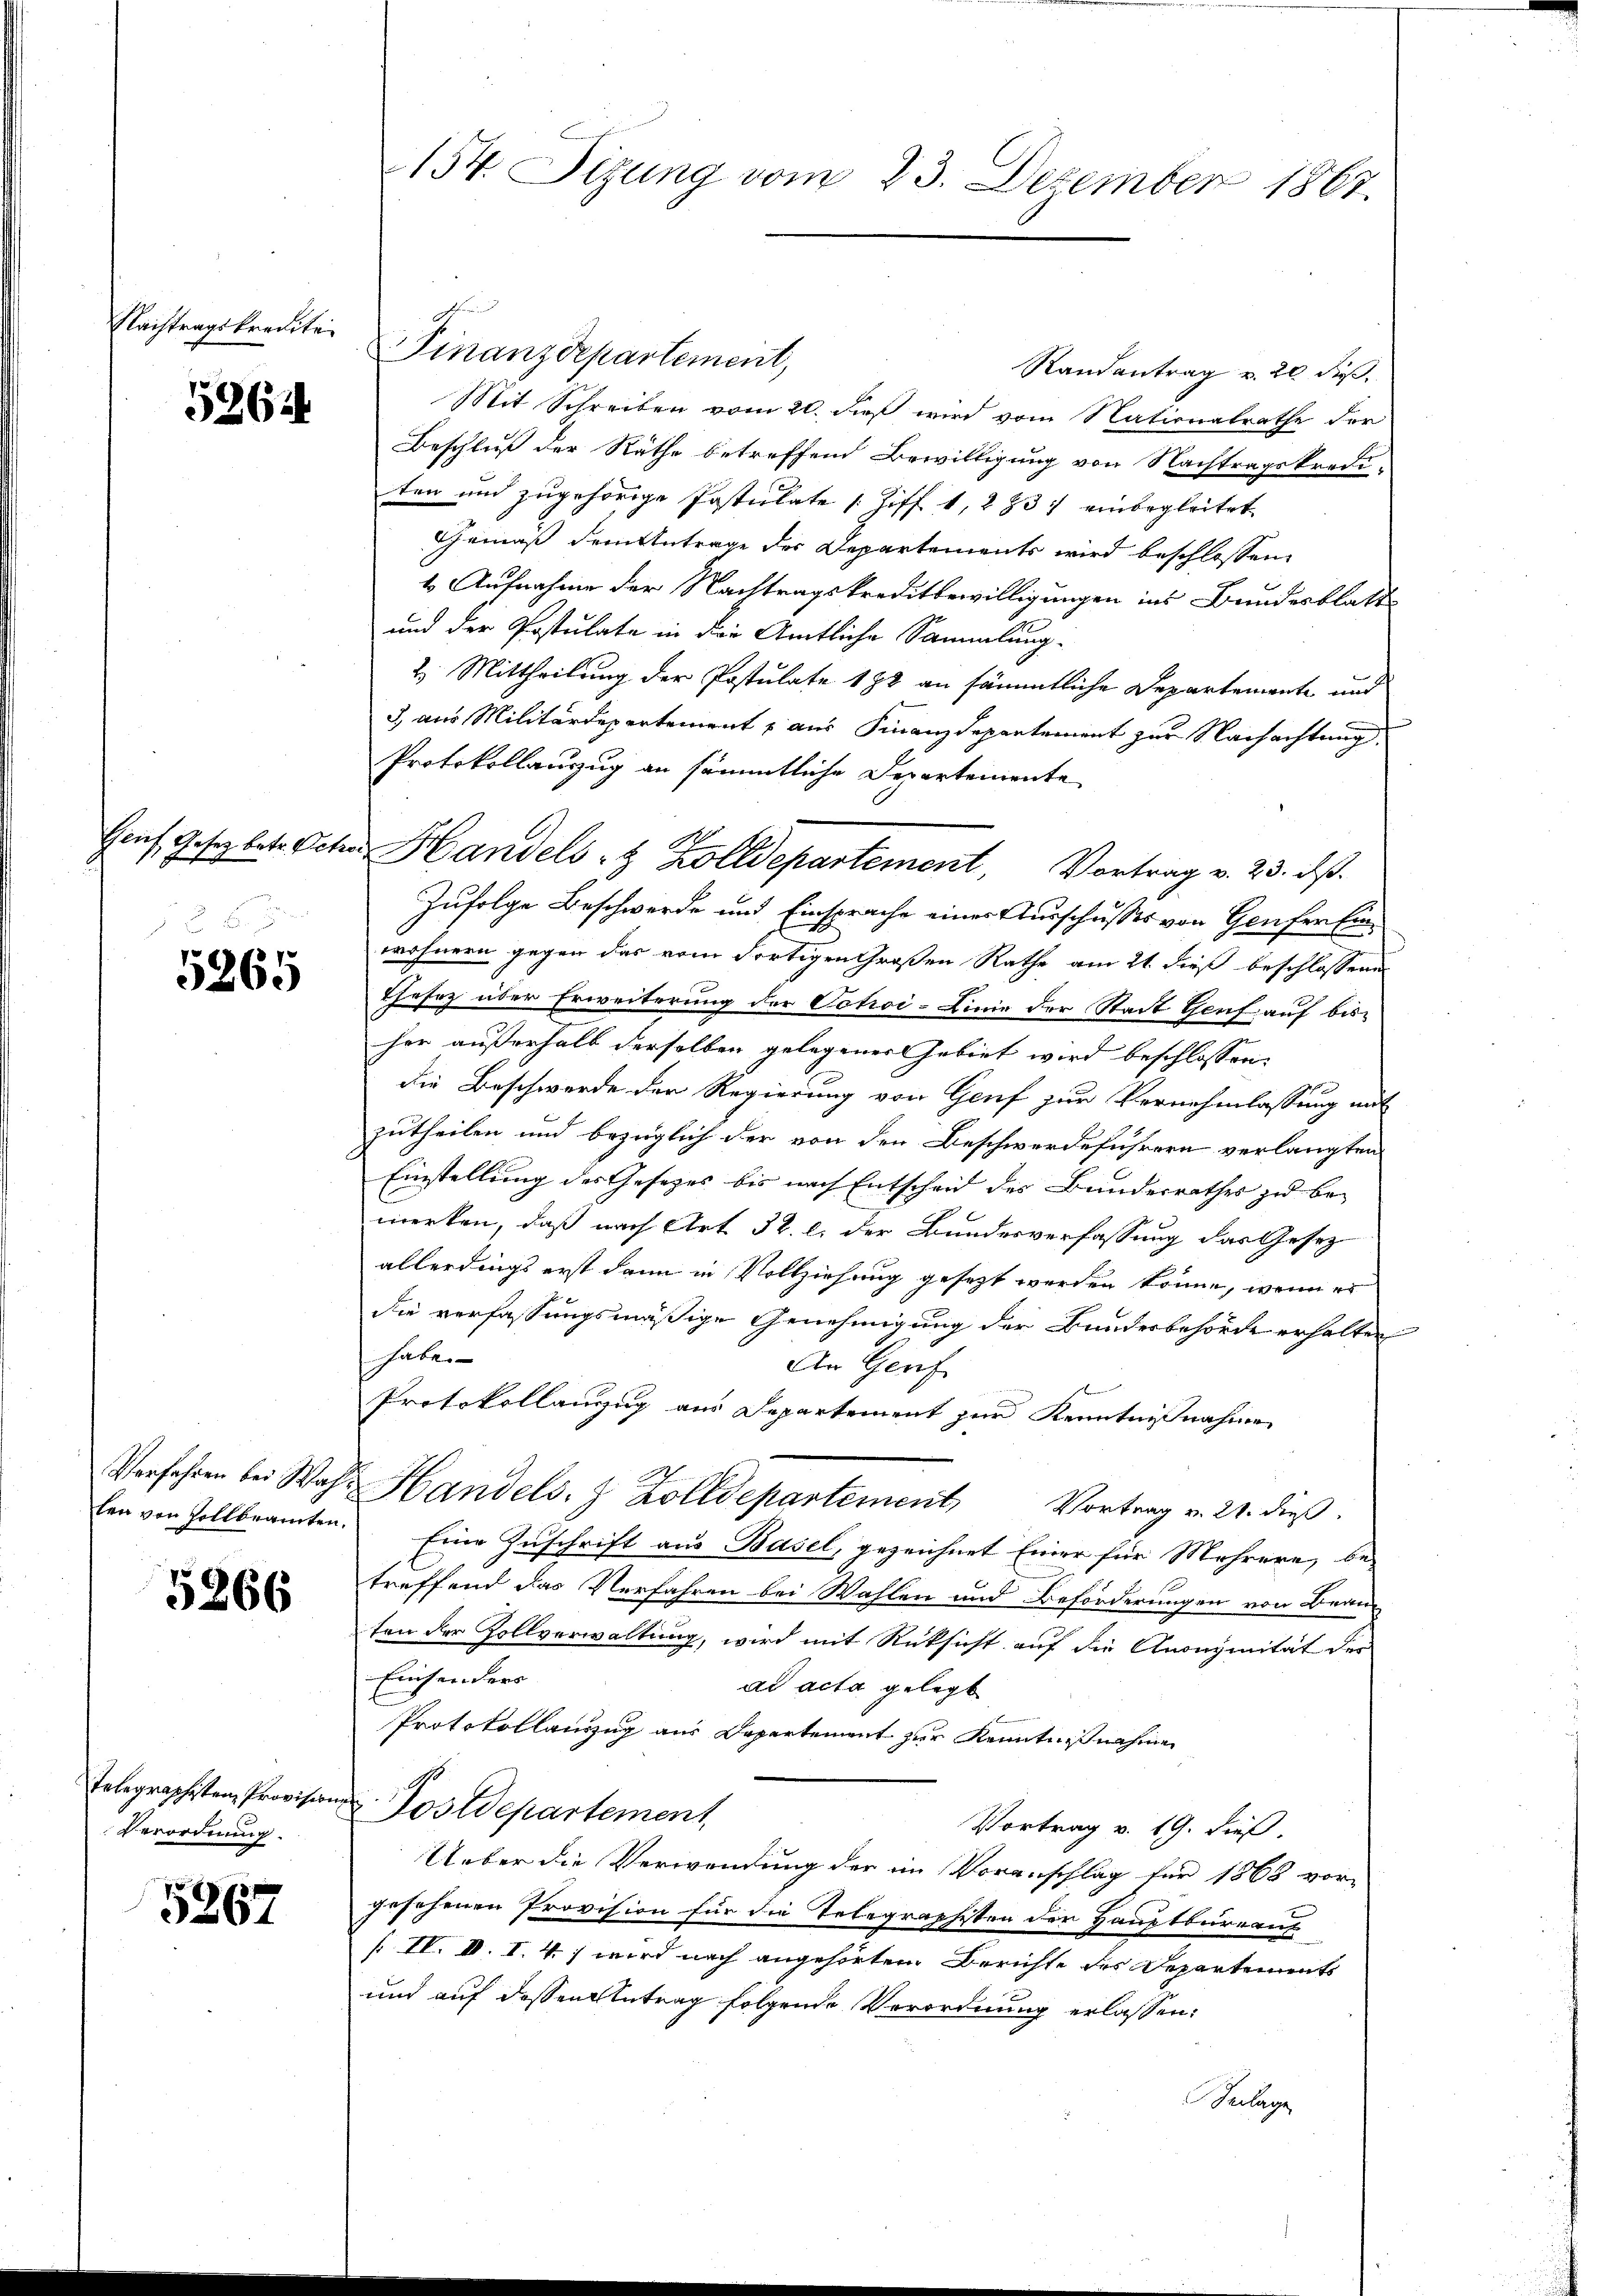
Nachtragskredite.

5264

e

5265

5266

Telegraphisten Provision,
Verordnung.

5267

Finanzdepartement,
Randantrag v. 20 dieß,
Mit Schreiben vom 20. dieß wird vom Nationalrathe der
Beschluß der Räthe betreffend Bewilligung von Nachtragskrediten und zugehörige Postulate (Ziff. 1, 283. einbegleitet
Gemäß dem Antrage der Departements wird beschlossen,
4 Aufnahme der Nachtragskreditbewilligungen ins Bundesblatt
und der Postulate in die Amtliche Sammlung-
2. Mittheilung der Postulate 188 an sämmtliche Departemente und
3) aus Militärdepartement aus Finanzdepartement zur Nachachtung.
Protokollauszug an sämmtliche Departemente
Zufolge Beschwerde und Einsprache einer Ausschusses von Genfer Einwohnern gegen das vom dortigen Großen Rathe am 21. dieß beschlossenen
Thesez über Erweiterung der Votioi-Linie der Stadt Genf auf bisher außerhalb derselben gelegener ebiet wird beschlossen,
die Beschwerde der Regierung von Genf zur Vernehmlassung mit
zutheilen und bezüglich der von den Beschwerdeführern verlangten
Einstellung des Gesetzes bis nach Entscheid des Bundesrathes zu bemerken, daß nach Art. 32. l. der Bundesverfassung das Gesez
allerdings erst dann in Vollziehung gesezt werden könne, wenn es
die verfassungsmäßige Genehmigung der Bundesbehörde erhalten
haben
An Genf
Protokollanzug aus Departement zur Kenntnißnahme
Verfahren bei Wahl Handels. z. Zolldepartement Vortrag v. 21. dieβ.
fen von Zollbeamten. Eine Zuschrift aus Basel, gezeichnet Einer für Mehrere, be-
treffend das Verfahren bei Wahlen und Beförderungen von Brau
ten der Zollverwaltung, wird mit Rücksicht auf die Anonymität der
Einsenders
ad acta gelegt
Protokollanzug aus Departement zur Kenntnißnahme
 Postdepartement
Vortrag v. 19. dieß.
Ueber die Verwendung der im Voranschlag für 1868 vor-
gesehenen Provision für die Telegraphisten der Hauptbureauf
/ IV. III. I. 4) wird nach angehörten Berichte des Departements
und auf dessen Antrag folgende Verordnung erlassen:
Beilage

154. Sizung vom 23. Dezember 1867.

Hanf, Gesetz betr. Schen Handels- & Zolldepartement, Vortrag v. 23. ds.